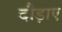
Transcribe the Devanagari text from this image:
दौड़ाए